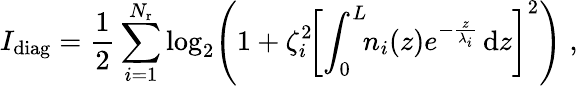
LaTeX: I_{\mathrm{diag}}=\frac{1}{2}\sum_{i=1}^{N_{\mathrm{r}}}\log_{2}\Biggl(1+\zeta_{i}^{2}\! \left[\int_{0}^{L}\! \! n_{i}(z)e^{-\frac{z}{\lambda_{i}}}\, \mathrm{d}z\right]^{2}\Biggr)\; ,